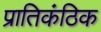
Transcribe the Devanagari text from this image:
प्रातिकंठिक